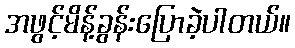
အဖွင့်မိန့်ခွန်းပြောခဲ့ပါတယ်။